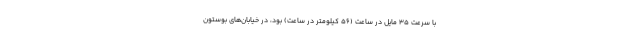
با سرعت 35 مایل در ساعت (56 کیلومتر در ساعت) بود، در خیابان‌های بوستون